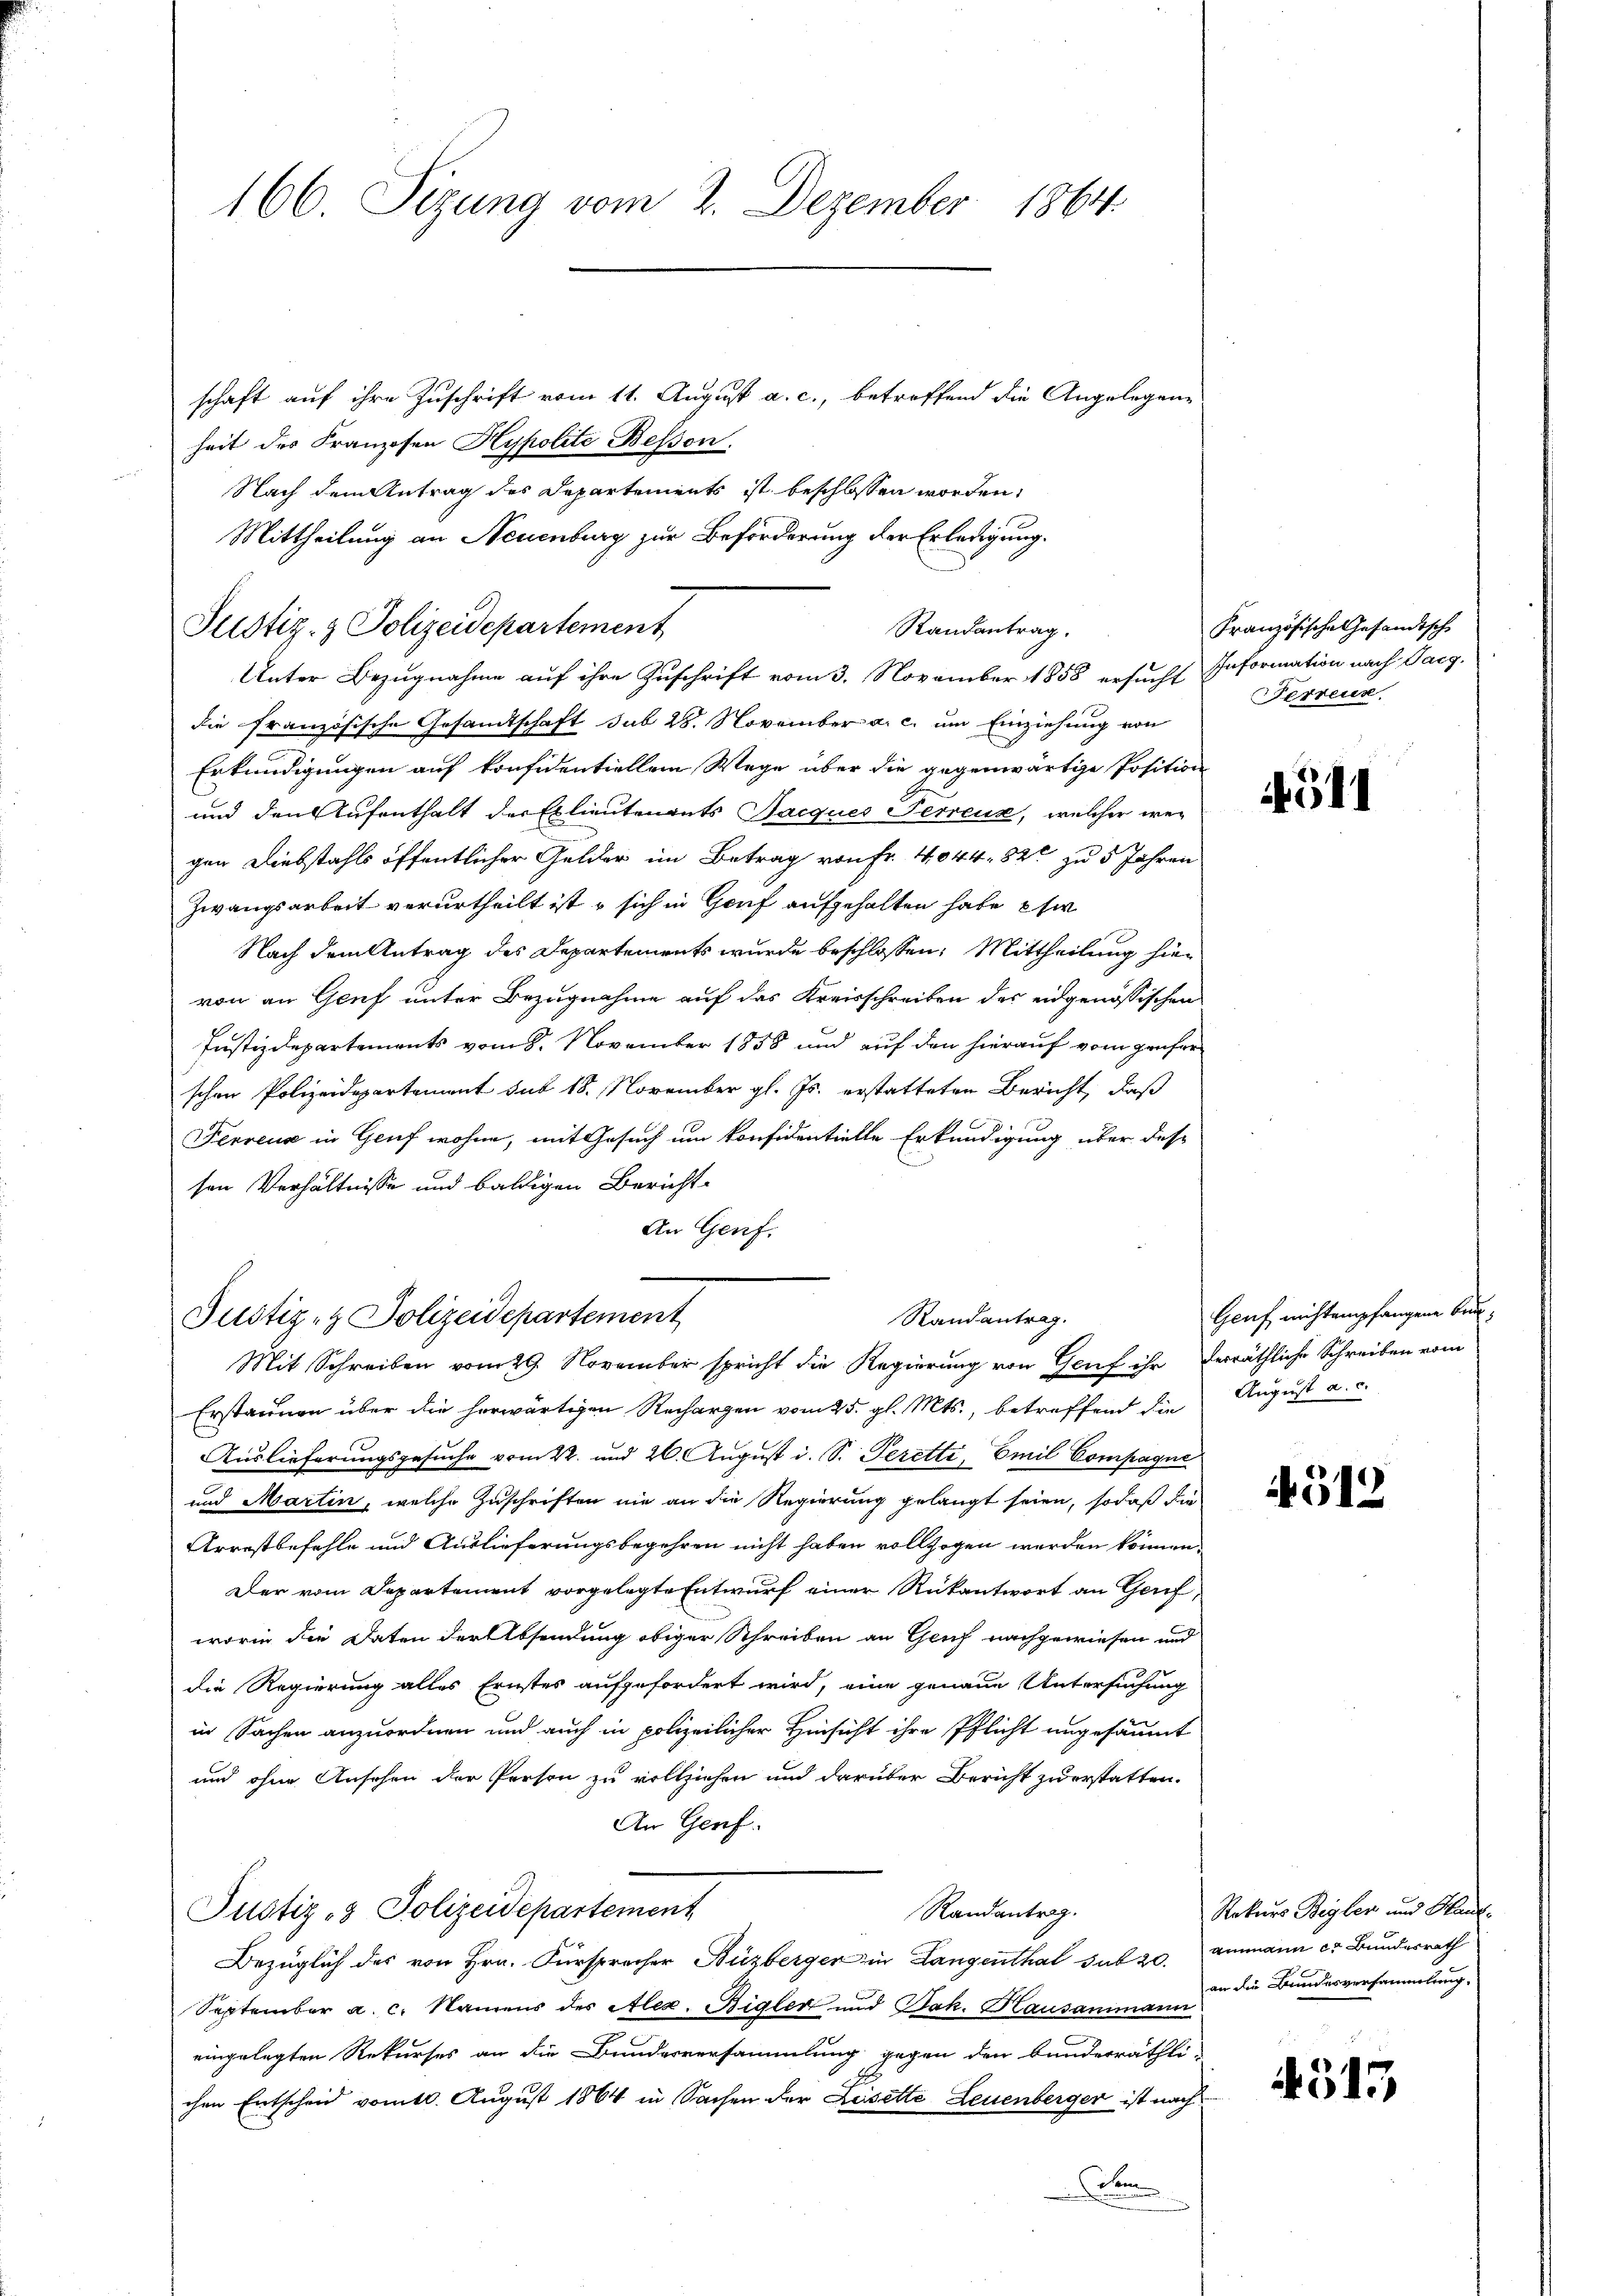
166. Sizung vom 2. Dezember 1864.

schaft auf ihre Zuschrift vom 11. August a. c., betreffend die Angelegene
heit des Franzosen Hypolite Beson
Unter Bezugnahme auf ihre Zuschrift vom 3. November 1858 ersucht Information nach Targ.
die Französische Gesandtschaft sub 28. November a. c. um Einziehung von
Erkundigungen auf konfidentiellem Wege über die gegenwärtige Position
und den Aufenthalt der Exlieutenants Jacques Terreux, welcher wegen Diebstahls öffentlicher Gelder im Betrag von Fr. 4044. 82 zu 5 Jahren
Zwangsarbeit verurtheilt ist, sich in Genf aufgehalten habe si
Nach dem Antrag des Departements wurde beschlossen: Mittheilung hier
von an Genf unter Bezugnahme auf das Kreisschreiben des eidgenössischen
Justizdepartements vom 8. November 1858 und auf den hierauf vom prüfer
schon Polizeidepartement sub 18. November gl. Js. erstatteten Bericht, daß
Fenreus in Genf wohne, mit Gesuch um konfidentielle Erkundigung über des-
sen Verhältnisse und baldigen Bericht¬
An Genf,
Justiz- & Polizeidepartement
Randantrag.
Mit Schreiben vom 29. November spricht die Regierung von Gruf ihr
Erstaunen über die herwärtigen Rechargen vom 25. gl. Mts., betreffend die August a. c.
Auslieferungsgesuche vom 22. und 26. August d. S. Peretti, Emil Compagni
und Martin, welche Zuschriften nie an die Regierung gelangt seien, sodaß die
Arrestbefehle und Auslieferungsbegehren nicht haben vollzogen werden können.
Der vom Departement vorgelegte Entwurf einer Rükantwort an Gerif
worin die Daten der Absendung obiger Schreiben an Genf nachgewiesen und
die Regierung alles Ernstes aufzufordert wird, eine genaue Untersuchung
in Sachen anzuordnen und auch in polizeilicher Hinsicht ihre Pflicht angesäumt
und ohne Ansehen der Person zu vollziehen und darüber Bericht zu erstatten.
An Genf.
Justiz- & Polizeidepartement
Randantrag.
Bezüglich des von Hrn. Fürsprecher Buzberger in Langenthal sub 20.
September a. c. Namens des Alex. Rigler und Jak. Hausanimann
eingelegten Rekurses an die Bundesversammlung gegen den bunderräthli
chen Entscheid vom 10. August 1864 in Sachen der Leisette Leuenberger ist nach
Schen

Nach dem Antrag des Departements ist beschlossen worden,
Mittheilung an Neuenburg zur Beförderung der Erledigung.
Justiz- & Polizeidepartement
Randantrag.

Französische Gesandtsche
erreur,

4511

Genf, nicht empfangene Bunderräthliche Schreiben vom

4512

Rekurs Beyler und Hand.
aimann er Bundesrath
an die Bundesversammlung.

4513